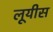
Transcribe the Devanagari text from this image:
लूयीस